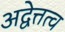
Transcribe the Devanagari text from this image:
अद्वेत्तत्व